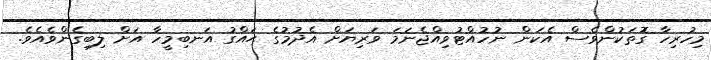
މިހުރިހާ ގޮތަކުންވެސް އެކަން ނުހުއްޓުވިއްޖެނަމަ ވަރިޔަށް އެދުމުގެ ޙައްގު އަނބިމީހާ އަށް ލިބިގެންވެއެވެ.